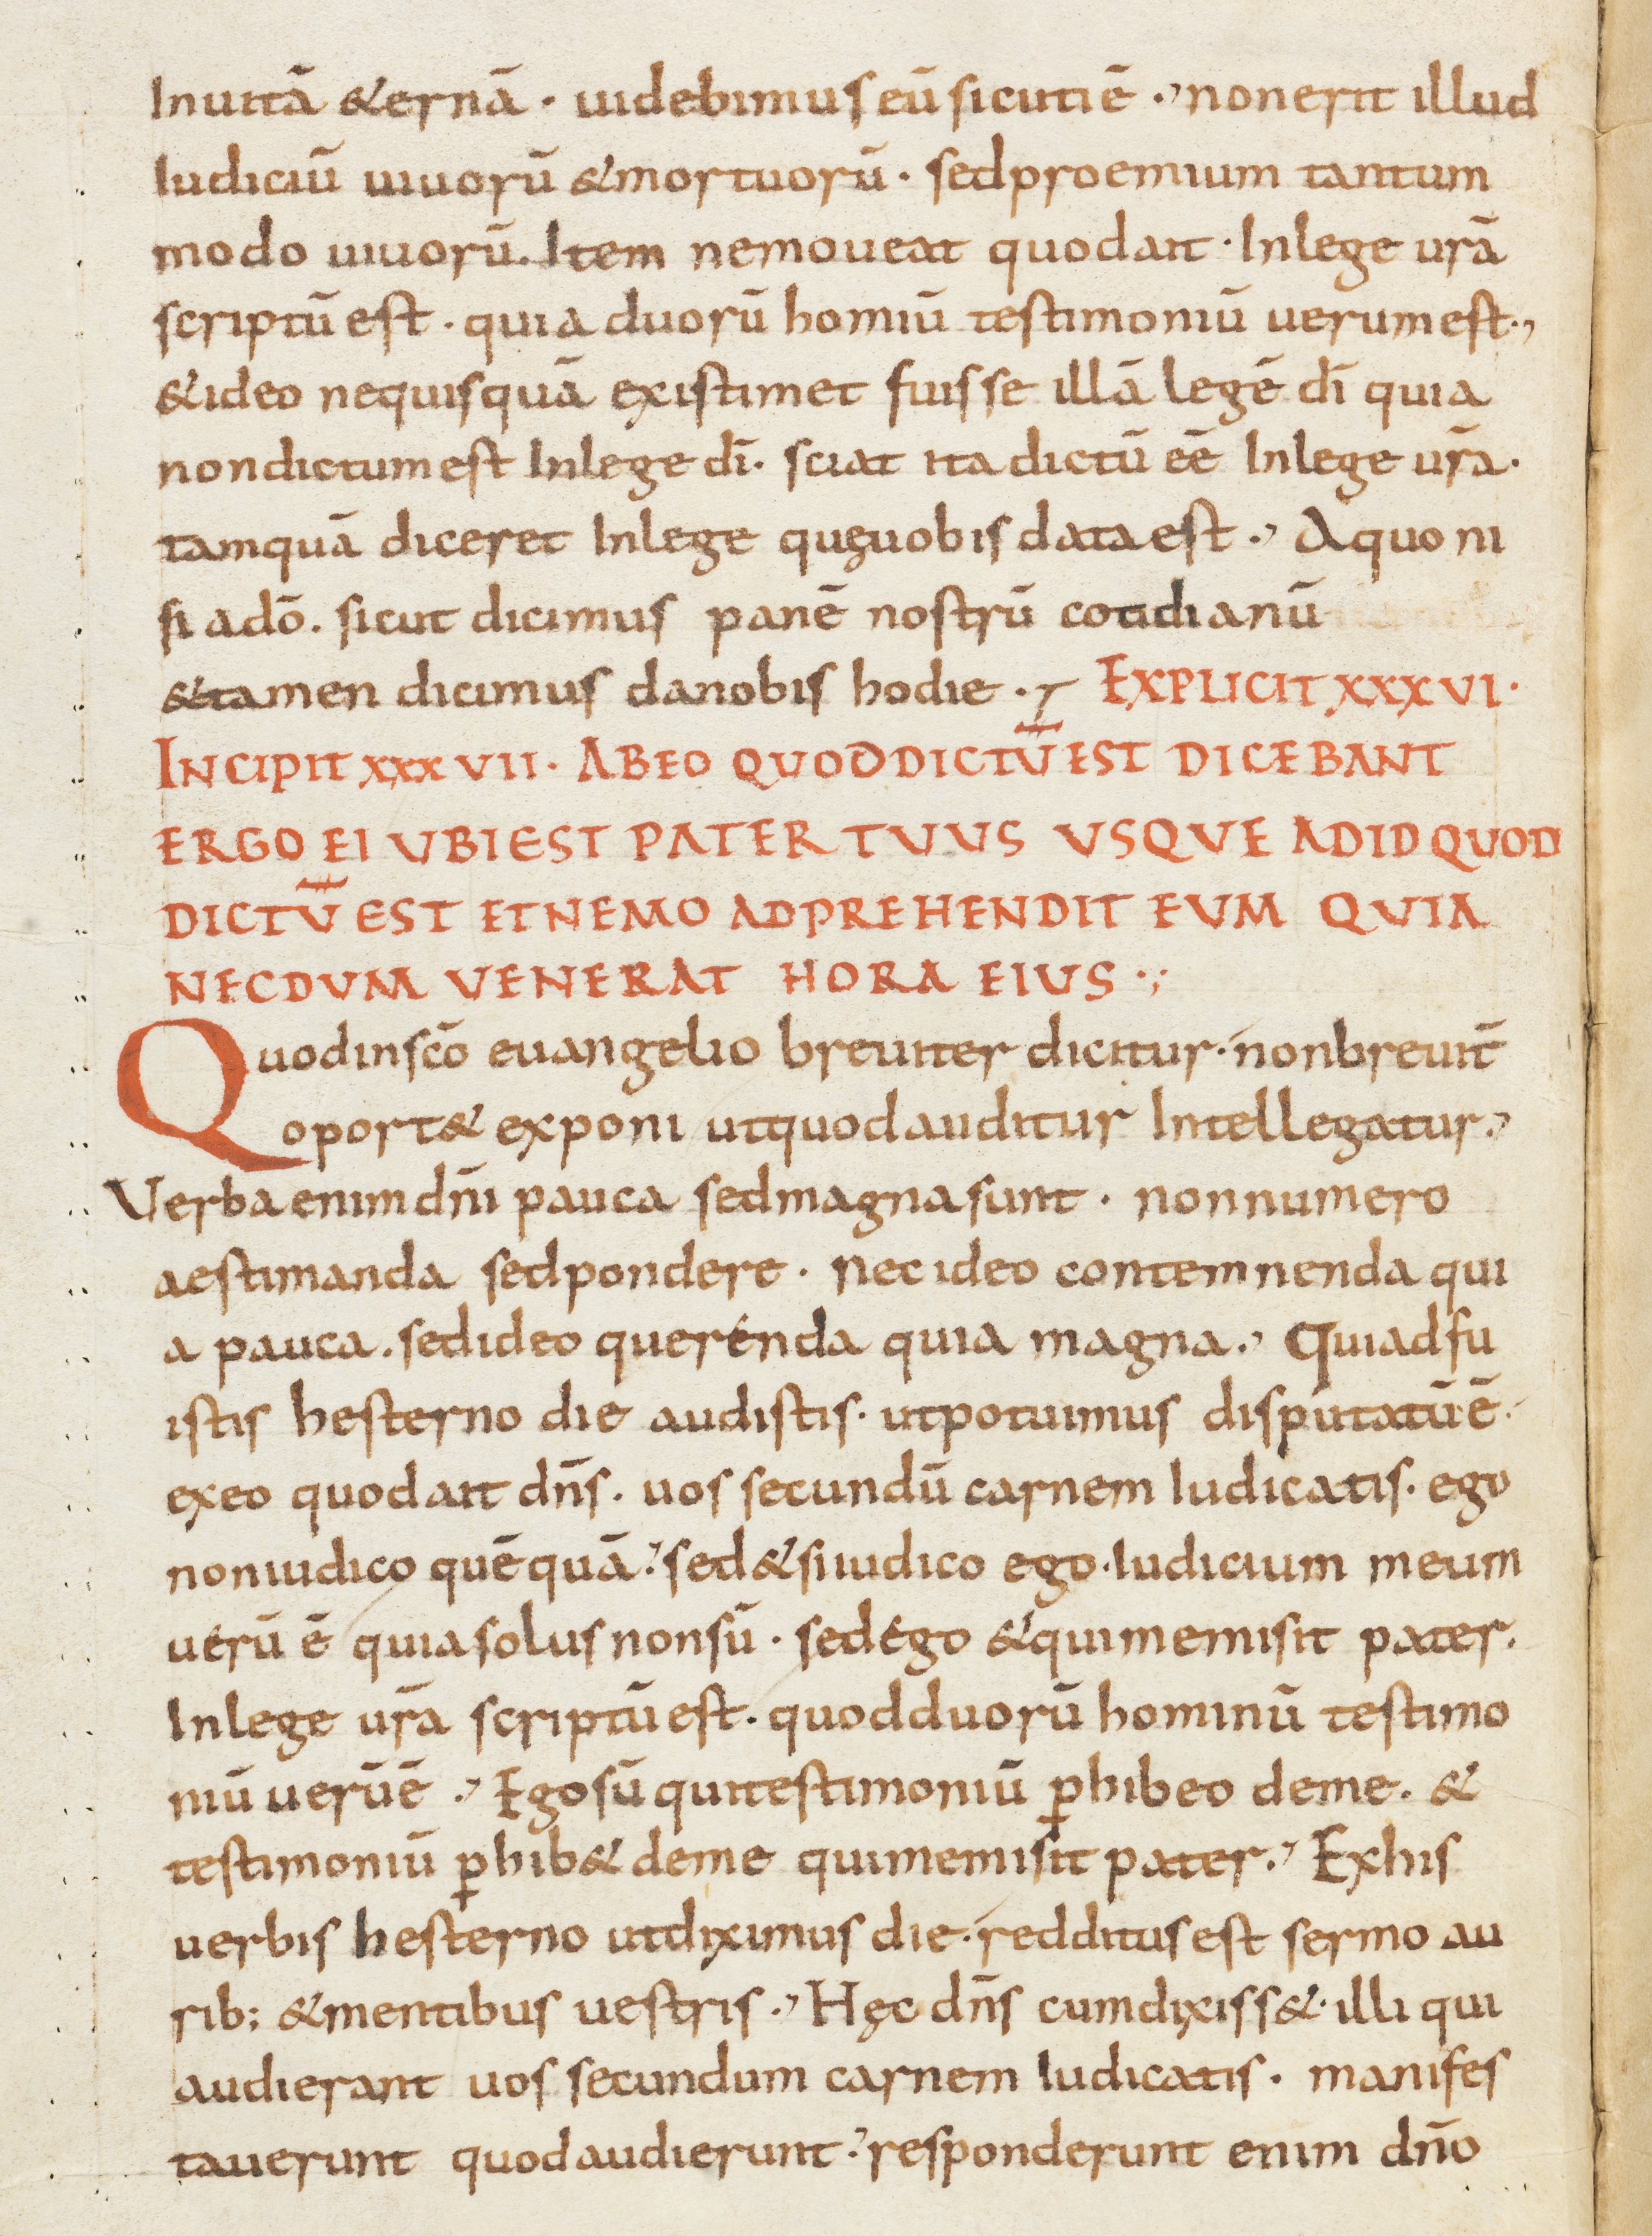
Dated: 800–899